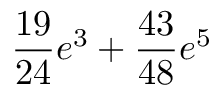
\frac { 1 9 } { 2 4 } e ^ { 3 } + \frac { 4 3 } { 4 8 } e ^ { 5 }